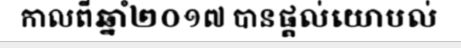
កាលពីឆ្នាំ២០១៧ បានផ្តល់យោបល់